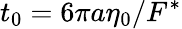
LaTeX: t_{0}=6\pi a\eta_{0}/F^{\ast}